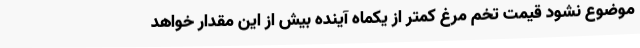
موضوع نشود قیمت تخم مرغ کمتر از یکماه آینده بیش از این مقدار خواهد